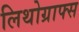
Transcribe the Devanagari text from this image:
लिथोग्राफ्स